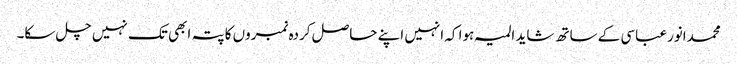
محمدانورعباسی کے ساتھ شاید المیہ ہوا کہ انہیں اپنے حاصل کردہ نمبروں کا پتہ ابھی تک نہیں چل سکا۔